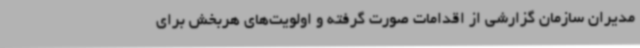
مدیران سازمان گزارشی از اقدامات صورت گرفته و اولویت‌های هربخش برای